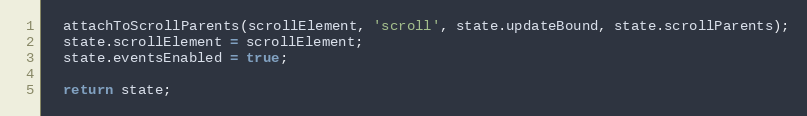
Language: JavaScript
  attachToScrollParents(scrollElement, 'scroll', state.updateBound, state.scrollParents);
  state.scrollElement = scrollElement;
  state.eventsEnabled = true;

  return state;